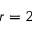
r = 2